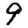
Digit: 9